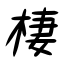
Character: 棲